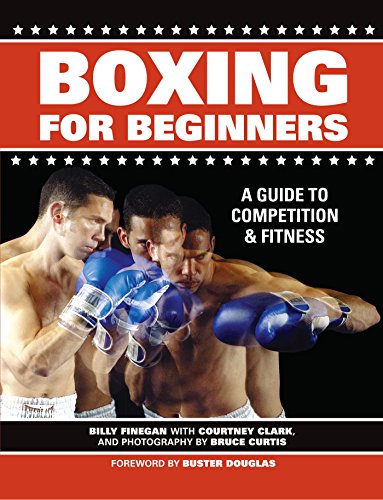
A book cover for Boxing For Beginners: A Guide To Competition & Fitness; Billy Finegan; Sports & Outdoors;